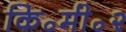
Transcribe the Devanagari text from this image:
कि॰मी॰२